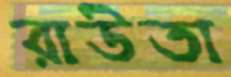
রাউতা